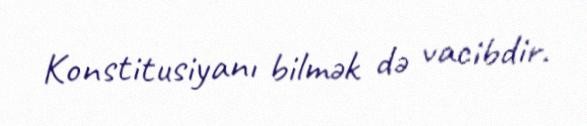
Konstitusiyanı bilmək də vacibdir.